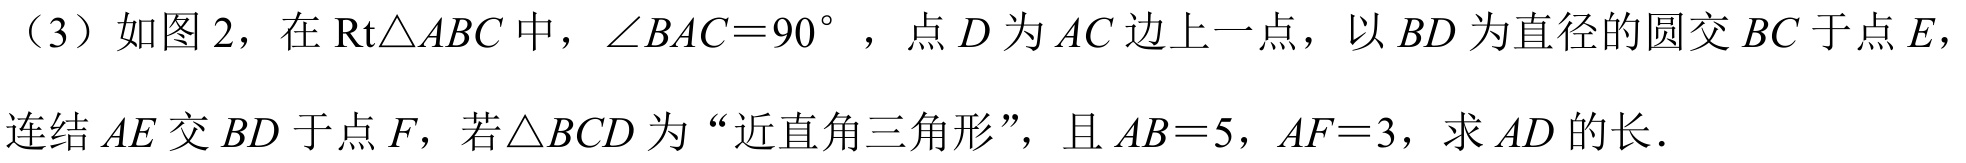
（3）如图 2，在 \(\text{Rt}\triangle ABC\) 中，\(\angle BAC = 90^{\circ}\)，点 \(D\) 为 \(AC\) 边上一点，以 \(BD\) 为直径的圆交 \(BC\) 于点 \(E\)，
连结 \(AE\) 交 \(BD\) 于点 \(F\)，若\(\triangle BCD\) 为“近直角三角形”，且 \(AB = 5\)，\(AF = 3\)，求 \(AD\) 的长．